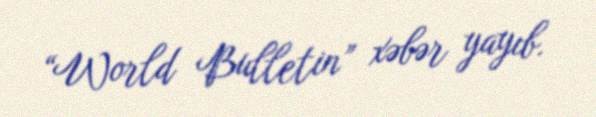
“World Bulletin” xəbər yayıb.